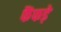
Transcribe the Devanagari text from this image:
फैंफड़े